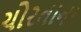
ચોરતાના